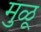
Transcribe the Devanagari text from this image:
मुळू